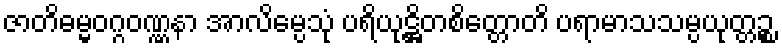
ဇာတိဓမ္မဝဂ္ဂဝဏ္ဏနာ အာလိမ္ပေသုံ ပရိယုဋ္ဌိတစိတ္တောတိ ပရာမာသသမ္ပယုတ္တဉ္စ